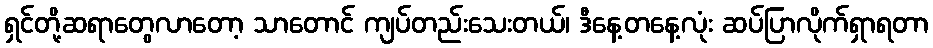
ရှင်တို့ဆရာတွေလာတော့ သာတောင် ကျပ်တည်းသေးတယ်၊ ဒီနေ့တနေ့လုံး ဆပ်ပြာလိုက်ရှာရတာ